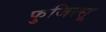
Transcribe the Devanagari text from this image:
फुजित्सू